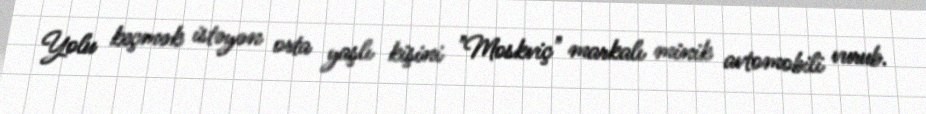
Yolu keçmək istəyən orta yaşlı kişini "Moskviç" markalı minik avtomobili vurub.